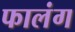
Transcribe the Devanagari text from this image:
फालंग